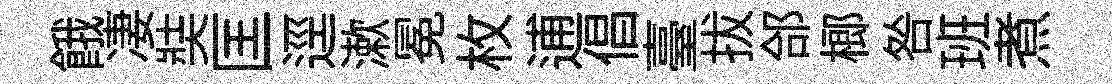
餓凄奘匡逕漱冕枚逋倡臺拔郃榔咎班煮